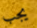
يجب